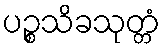
ပဉ္စသိခသုတ္တံ